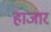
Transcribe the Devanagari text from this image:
हाजार